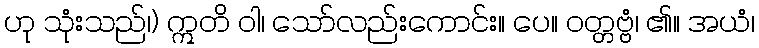
ဟု သုံးသည်၊) ဣတိ ဝါ၊ သော်လည်းကောင်း။ ပေ။ ဝတ္တဗ္ဗံ၊ ၏။ အယံ၊